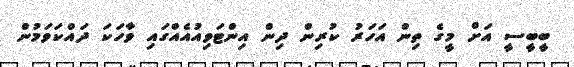
ބީބީސީ އަށް މީގެ ތިން އަހަރު ކުރިން ދިން އިންޓަވިއުއެއްގައި ވާހަކަ ދައްކަވަމުން